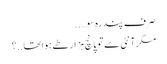
صرف پندرہ سو…..
مگر آنٹی سے تو پانچ ہزار طے ہوا تھا..؟